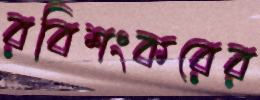
রবিশংকরের